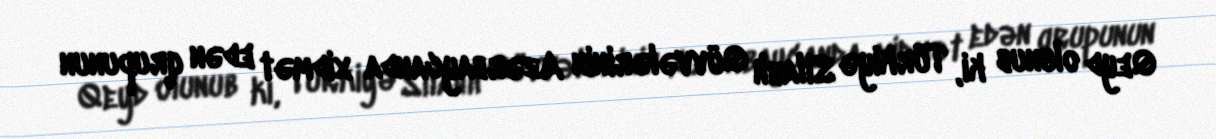
Qeyd olunub ki, Türkiyə Silahlı Qüvvələrinin Azərbaycanda xidmət edən qrupunun